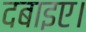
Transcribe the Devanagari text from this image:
दबाइए।